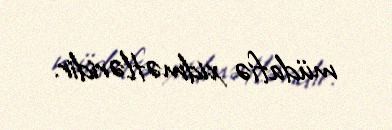
müdafiə xidmətləridir.